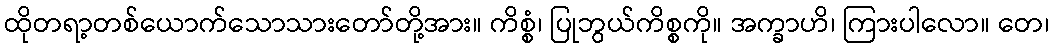
ထိုတရာ့တစ်ယောက်သောသားတော်တို့အား။ ကိစ္စံ၊ ပြုဘွယ်ကိစ္စကို။ အက္ခာဟိ၊ ကြားပါလော။ တေ၊